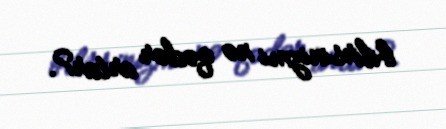
bilirsinizmi nə qədər artar?.